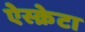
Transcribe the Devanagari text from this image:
ऐस्क्रेटा